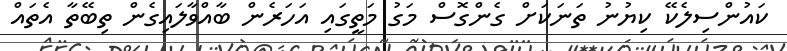
ކައުންސިލެކޭ ކިޔުނު ތަނަކަށް ގެންގޮސް މަގު މަތީގައި އަހަރެން ބާއްވާލައިގެން ތިބޭތާ އެތައް